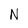
Character: N